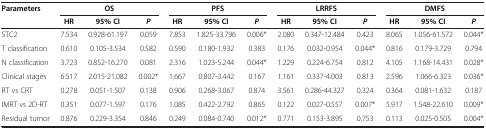
| Parameters | <COLSPAN=3> OS | <COLSPAN=3> PFS | <COLSPAN=3> LRRFS | <COLSPAN=3> DMFS |
 |  | HR | 95% CI | P | HR | 95% CI | P | HR | 95% CI | P | HR | 95% CI | P |
 | --- | --- | --- | --- | --- | --- | --- | --- | --- | --- | --- | --- | --- |
 | STC2 | 7.534 | 0.928-61.197 | 0.059 | 7.853 | 1.825-33.796 | 0.006* | 2.080 | 0.347-12.484 | 0.423 | 8.065 | 1.056-61.572 | 0.044* |
 | T classification | 0.610 | 0.105-3.534 | 0.582 | 0.590 | 0.180-1.932 | 0.383 | 0.176 | 0.032-0.954 | 0.044* | 0.816 | 0.179-3.729 | 0.794 |
 | N classification | 3.723 | 0.852-16.270 | 0.081 | 2.316 | 1.023-5.244 | 0.044* | 1.229 | 0.224-6.754 | 0.812 | 4.105 | 1.168-14.431 | 0.028* |
 | Clinical stages | 6.517 | 2.015-21.082 | 0.002* | 1.667 | 0.807-3.442 | 0.167 | 1.161 | 0.337-4.003 | 0.813 | 2.596 | 1.066-6.323 | 0.036* |
 | RT vs CRT | 0.278 | 0.051-1.507 | 0.138 | 0.906 | 0.268-3.067 | 0.874 | 3.561 | 0.286-44.327 | 0.324 | 0.364 | 0.081-1.632 | 0.187 |
 | IMRT vs 2D-RT | 0.351 | 0.077-1.597 | 0.176 | 1.085 | 0.422-2.792 | 0.865 | 0.122 | 0.027-0.557 | 0.007* | 5.917 | 1.548-22.610 | 0.009* |
 | Residual tumor | 0.876 | 0.229-3.354 | 0.846 | 0.249 | 0.084-0.740 | 0.012* | 0.771 | 0.153-3.895 | 0.753 | 0.113 | 0.025-0.505 | 0.004* |